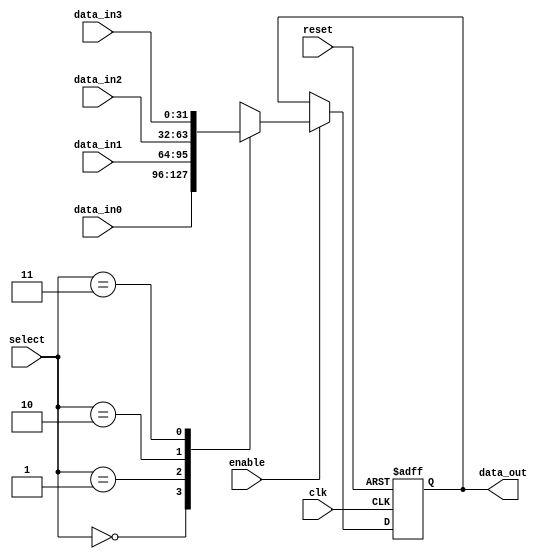
module ForwardingRegister (
    input wire [31:0] data_in0,    // Data input from source 0
    input wire [31:0] data_in1,    // Data input from source 1
    input wire [31:0] data_in2,    // Data input from source 2
    input wire [31:0] data_in3,    // Data input from source 3
    input wire [1:0] select,        // Select lines to choose the input
    input wire clk,                 // Clock signal
    input wire enable,              // Enable signal
    input wire reset,               // Asynchronous reset signal
    output reg [31:0] data_out      // Forwarded data output
);

    // Asynchronous reset and data capture
    always @(posedge clk or posedge reset) begin
        if (reset) begin
            data_out <= 32'b0;       // Clear the register on reset
        end else if (enable) begin
            case (select)
                2'b00: data_out <= data_in0; // Forward data from input 0
                2'b01: data_out <= data_in1; // Forward data from input 1
                2'b10: data_out <= data_in2; // Forward data from input 2
                2'b11: data_out <= data_in3; // Forward data from input 3
                default: data_out <= 32'b0;   // Default case (should not occur)
            endcase
        end
    end

endmodule